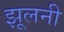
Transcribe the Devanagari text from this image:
झूलनी